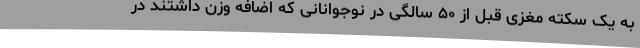
به یک سکته مغزی قبل از ۵۰ سالگی در نوجوانانی که اضافه وزن داشتند در